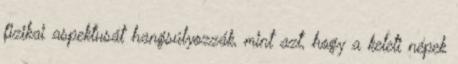
fizikai aspektusát hangsúlyozzák, mint azt, hogy a keleti népek